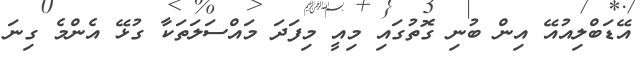
އޭޑަބްލިއުއޭ އިން ބުނި ގޮތުގައި މިއީ މިފަދަ މައްސަލަތަކާ ގުޅޭ އެންމެ ގިނަ